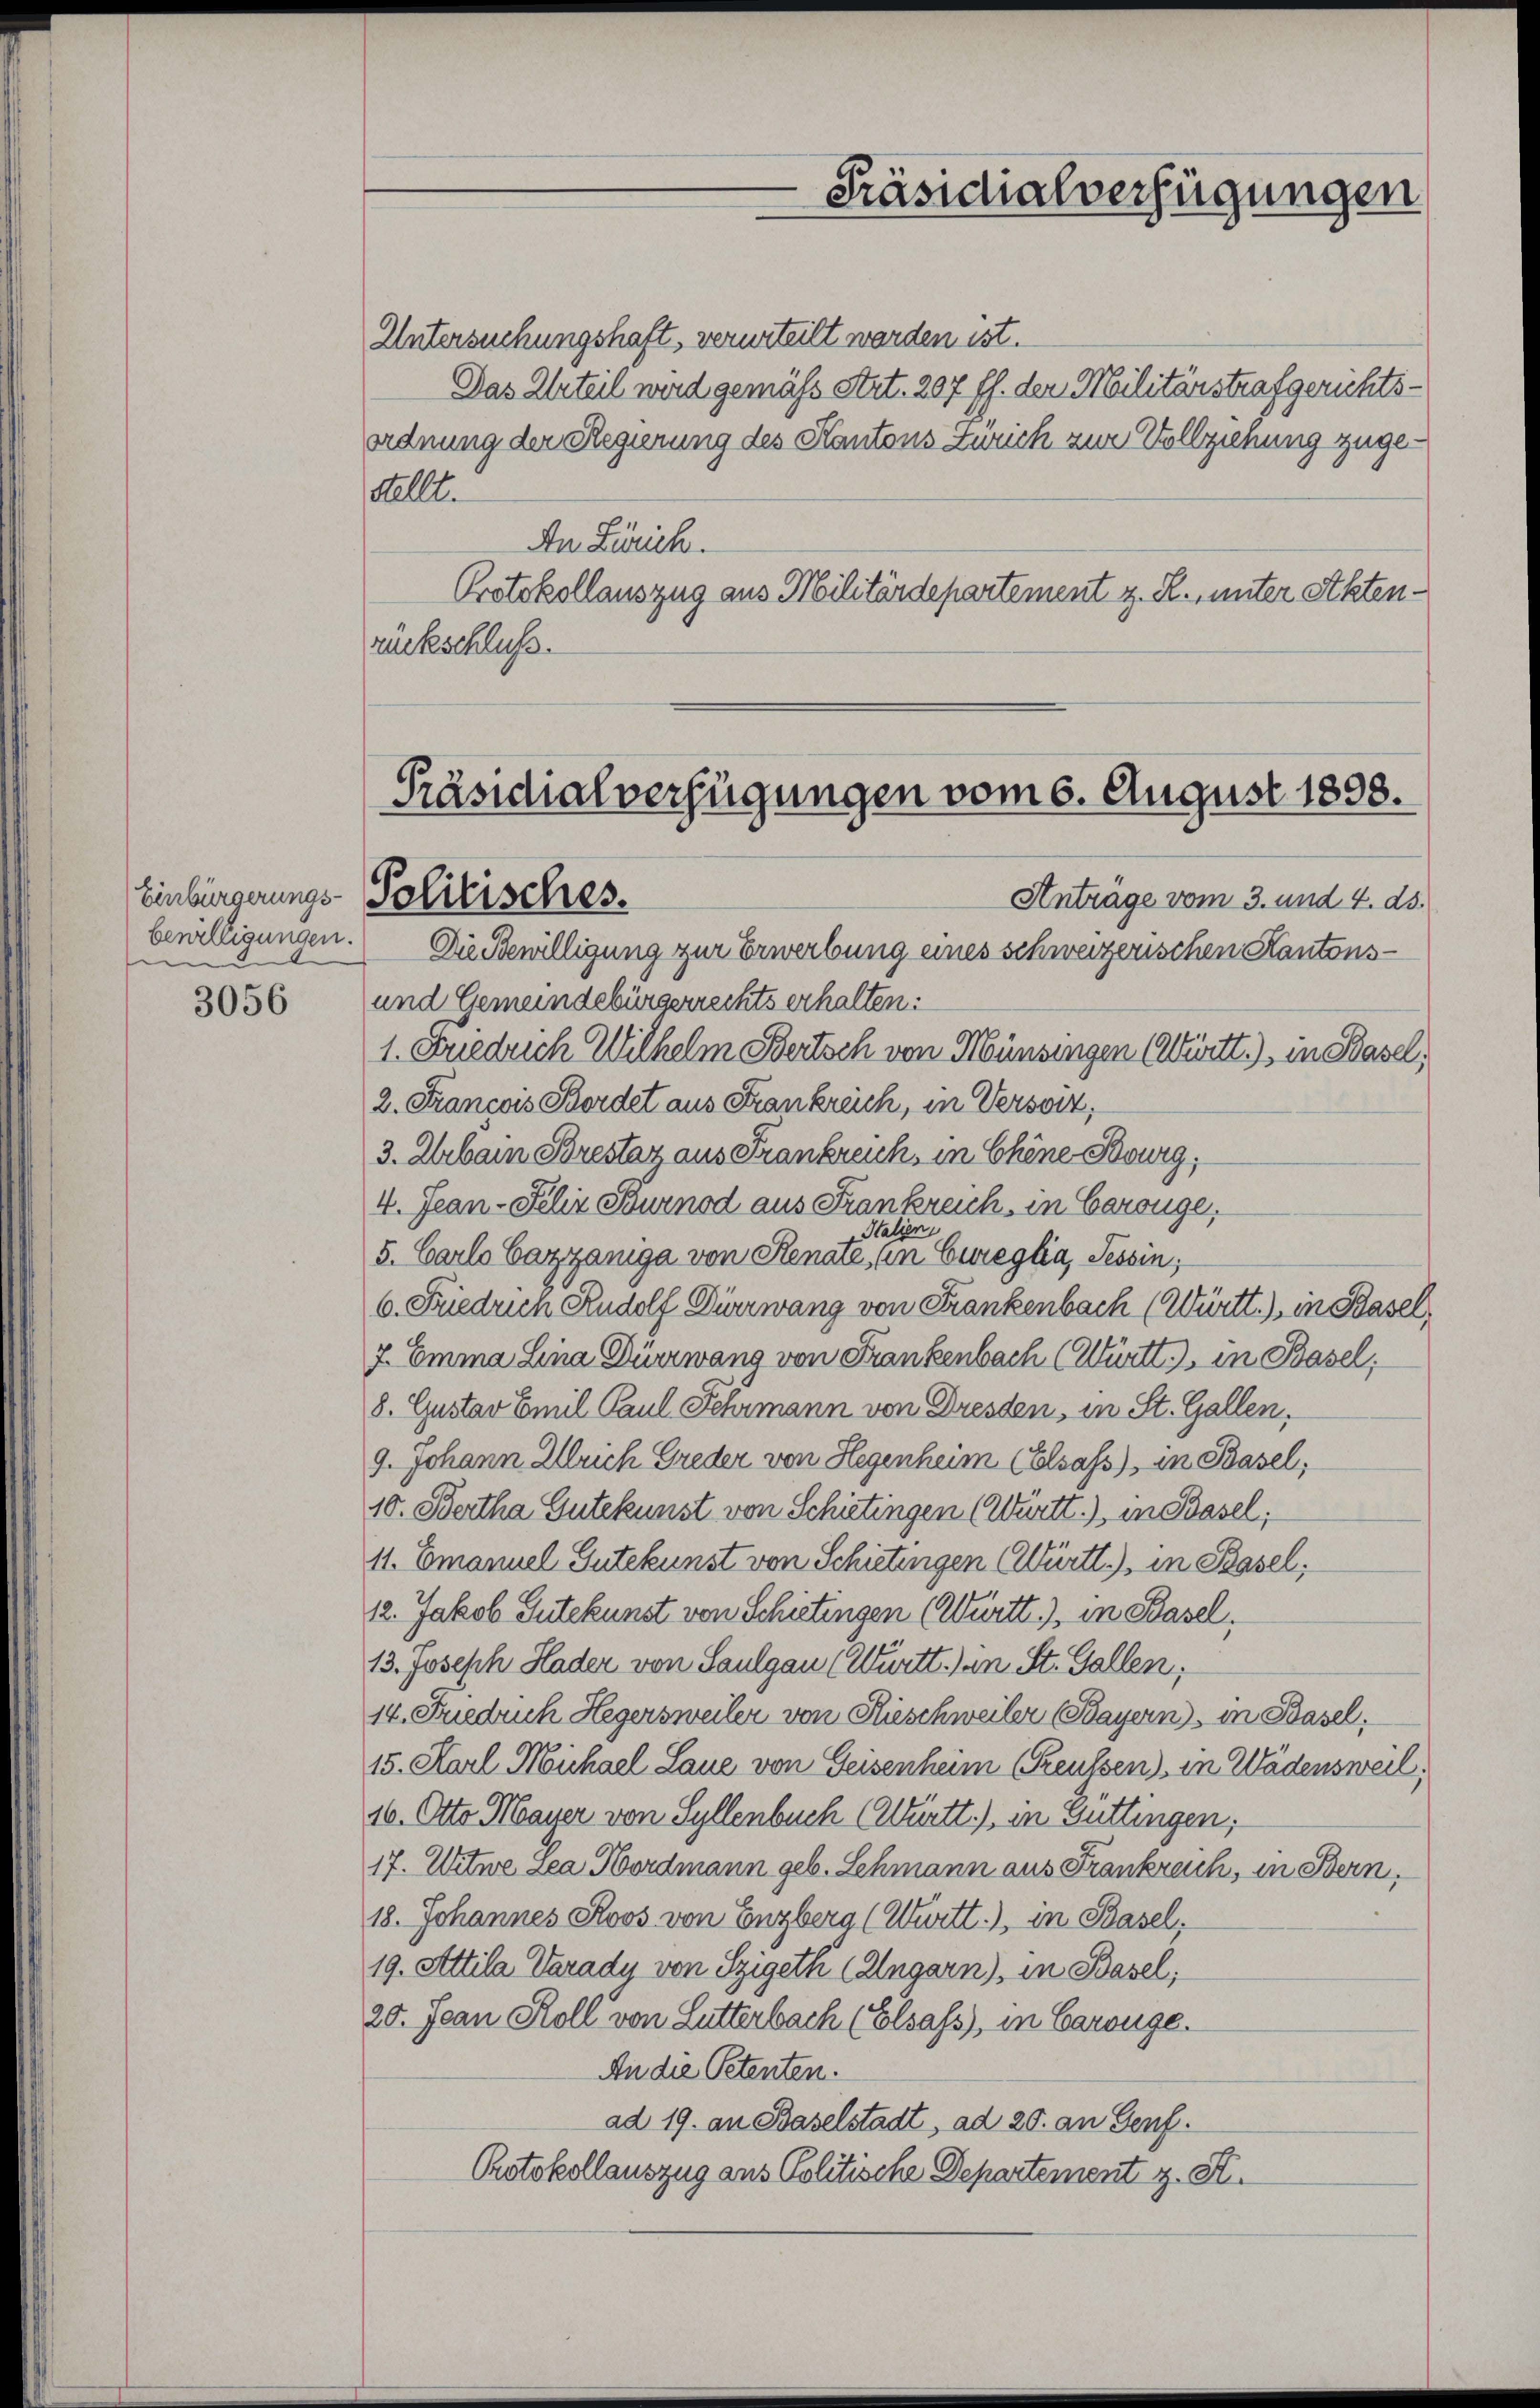
Einbürgerungs-
bewilligungen.
.

3056

Untersuchungshaft, verurteilt werden ist.
Das Urteil wird gemäß Art. 207 ff. der Militärstrafgerichts-
ordnung der Regierung des Kantons Zürich zur Vollziehung zuge¬
Stellt.
An Zürich.
Protokollauszug aus Militärdepartement z. R., unter Aktenrückschluß.

Präsidialverfügungen

Präsidialverfügungen vom 6. August 1898.
Politisches.
Anträge vom 3. und 4. ds.

Die Bewilligung zur Erwerbung eines schweizerischen Kantons¬
und Gemeindebürgerrechts erhalten.
1. Freduch Wilhelm Bertsch von Münsingen (Württ.), in Basel,
2. Francois Bordet aus Frankreich, in Versoiz,
3. Urbain Brestar aus Frankreich, in Chene Bourg,
4. Jean - Felix Sturnod aus Frankreich, in Carouge,
Halien
5. Carlo Carzaniga von Renate, an Eureglia, Tessin;
6. Friedrich Rudolf Dürrwang von Frankenbach (Württ.), in Basel,
7. Emma Lina Dürrwang von Frankenbach (Württ. in Basel,
8. Gustav Emil Paul Fehrmann von Dresden, in St. Gallen,
9. Johann Ulrich Greder von Hegenheim (Elsass) in Basel,
10. Bertha Gutekunst von Schietingen (Württ.), in Basel;
11. Emanuel Gutekunst von Schietingen (Württ.), in Basel;
12. Jakob Gutekunst von Schietingen (Württ.), in Basel.
13. Joseph Hader von Saulgau (Württ.) an St. Gallen,
14. Frieduch Hegersweiler von Rüschweiler (Bayern), in Basel,
15. Karl Mihael Laue von Geisenheim (reussen) in Wädensweil;
16. Otto Mayer von Sellenbuch (Württ.), in Güttingen;
17. Witwe Lea Nordmann geb. Schmann aus Frankreich, in Bern,
18. Johannes Roos von Enzberg (Württ.), in Basel,
19. Attila Varady von Szigeth (Ungarn), in Basel;
20. Jean Roll von Lutterbach (Elsass, in Baronge.
An die Petenten.
ad 19. an Baselstadt, ad 20. an Genf.
Protokollauszug aus Politische Departement z. St.